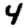
Digit: 4